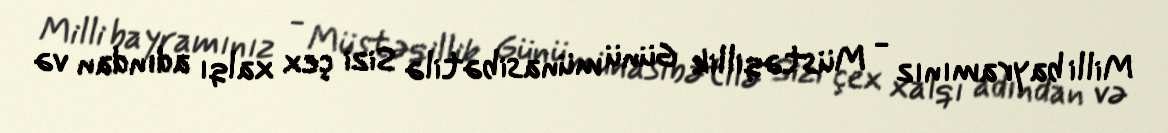
Milli bayramınız - Müstəqillik Günü münasibətilə Sizi çex xalqı adından və